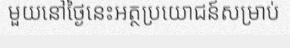
មួយនៅថ្ងៃនេះអត្ថប្រយោជន៍សម្រាប់